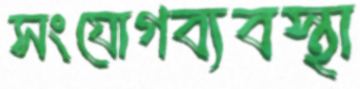
সংযোগব্যবস্থা